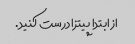
از ابتدا پیتزا درست کنید.